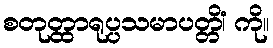
စတုတ္ထာရုပ္ပသမာပတ္တိံ၊ ကို။